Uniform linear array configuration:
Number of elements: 48
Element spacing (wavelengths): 0.25
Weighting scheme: exponential
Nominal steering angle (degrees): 15
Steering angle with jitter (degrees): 16.974
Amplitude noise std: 0.05
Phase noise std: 0.05

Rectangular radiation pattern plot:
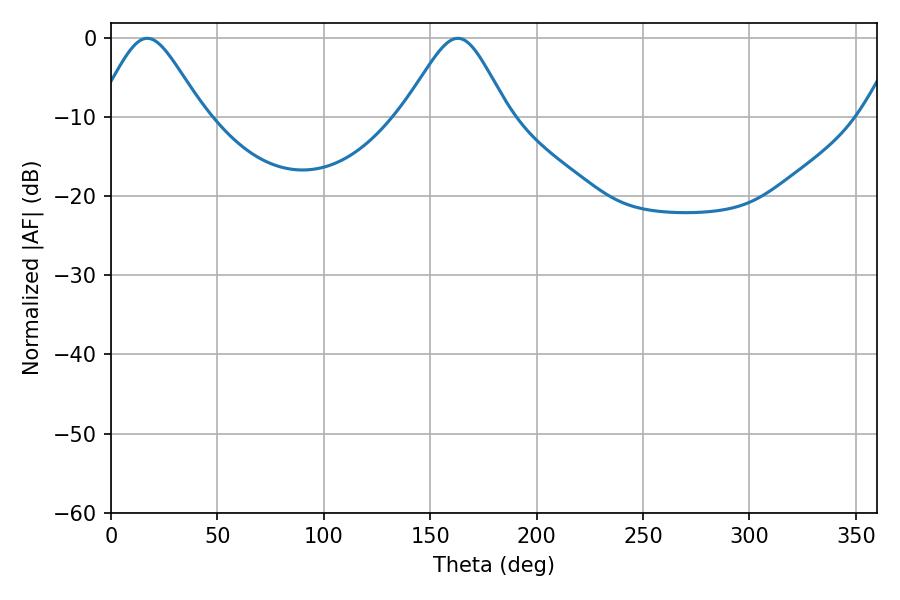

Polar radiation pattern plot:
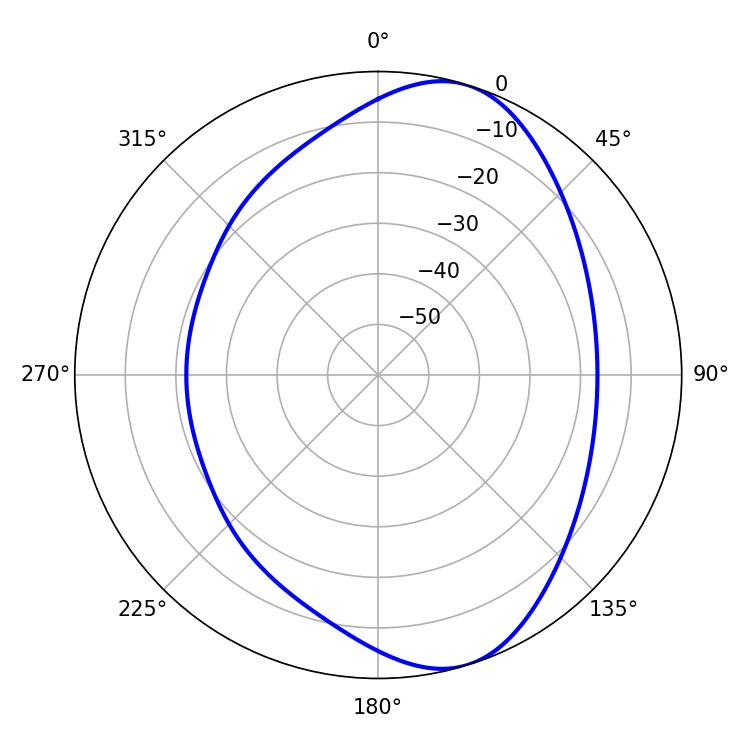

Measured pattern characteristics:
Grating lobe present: FALSE
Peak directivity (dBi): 8.042
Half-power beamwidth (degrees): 24.3
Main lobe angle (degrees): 17.1